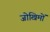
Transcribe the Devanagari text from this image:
जोखिमों